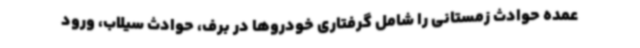
عمده حوادث زمستانی را شامل گرفتاری خودروها در برف، حوادث سیلاب، ورود